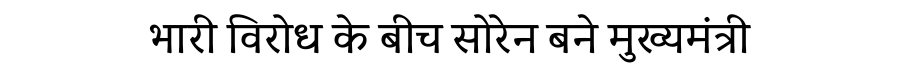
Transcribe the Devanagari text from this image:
भारी विरोध के बीच सोरेन बने मुख्यमंत्री